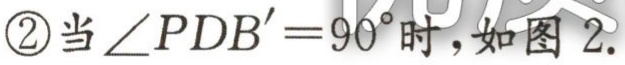
\textcircled{2}当\(\angle PDB' = 90^{\circ}\)时，如图2.